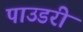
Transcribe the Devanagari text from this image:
पाउडरी